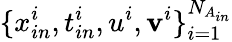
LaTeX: \{ x_{in}^{i},t_{in}^{i},u^{i},\mathbf{v}^{i}\} _{i=1}^{N_{A_{in}}}